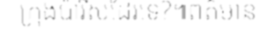
ក្រុងប៉ារីសដែរទេ?៕ពត៌មាន